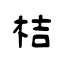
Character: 桔